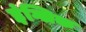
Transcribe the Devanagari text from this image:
इंग्लिक